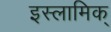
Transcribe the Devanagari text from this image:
इस्लामिक्